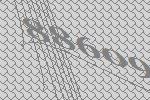
88609